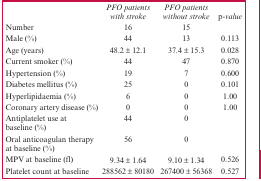
<table><thead><tr><td></td><td><b><i>PFO patients with stroke</i></b></td><td><b><i>PFO patients without stroke</i></b></td><td><b>p<i>-value</i></b></td></tr></thead><tbody><tr><td>Number</td><td>16</td><td>15</td><td></td></tr><tr><td>Male (%)</td><td>44</td><td>13</td><td>0.113</td></tr><tr><td>Age (years)</td><td>48.2 ± 12.1</td><td>37.4 ± 15.3</td><td>0.028</td></tr><tr><td>Current smoker (%)</td><td>44</td><td>47</td><td>0.870</td></tr><tr><td>Hypertension (%)</td><td>19</td><td>7</td><td>0.600</td></tr><tr><td>Diabetes mellitus (%)</td><td>25</td><td>0</td><td>0.101</td></tr><tr><td>Hyperlipidaemia (%)</td><td>6</td><td>0</td><td>1.00</td></tr><tr><td>Coronary artery disease (%)</td><td>0</td><td>0</td><td>1.00</td></tr><tr><td>Antiplatelet use at baseline (%)</td><td>44</td><td>0</td><td></td></tr><tr><td>Oral anticoagulan therapy at baseline (%)</td><td>56</td><td>0</td><td></td></tr><tr><td>MPV at baseline (fl)</td><td>9.34 ± 1.64</td><td>9.10 ± 1.34</td><td>0.526</td></tr><tr><td>Platelet count at baseline</td><td>288562 ± 80180</td><td>267400 ± 56368</td><td>0.527</td></tr></tbody></table>